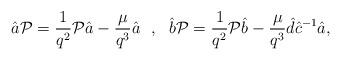
LaTeX: \begin{align*}\hat{a}{\cal P}=\frac{1}{q^2}{\cal P}\hat{a}-\frac{\mu}{q^3}\hat{a}~~,~~\hat{b}{\cal P}=\frac{1}{q^2}{\cal P}\hat{b}-\frac{\mu}{q^3}\hat{d}\hat{c}^{-1}\hat{a}, \end{align*}